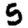
Digit: 5